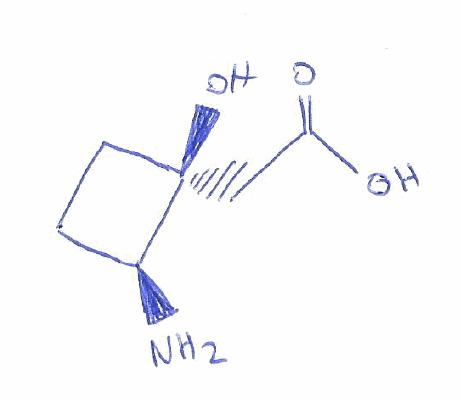
Simplified molecular-input line-entry system (SMILES) notation of the given molecule:
C1C[C@@]([C@H]1N)(CC(=O)O)O